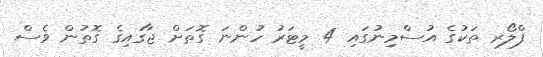
ފްލޯރ ތަކުގެ އުސްމިނުގައި 4 މީޓަރު ހުންނަ ގޮތަށް ޖާގައިގެ ގޮތުން ވެސް